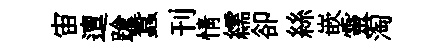
宙邅蹌蠶刊情繻卻絲嵌靈淘